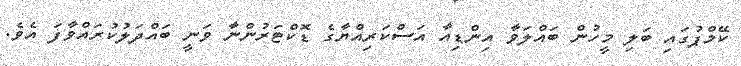
ކޭމްޕުގައި ބަލި މީހުން ބައްލަވާ އިންޑިއާ އަސްކަރިއްޔާގެ ޑޮކްޓަރުންނާ ވަނީ ބައްދަލުކުރައްވާފަ އެވެ.